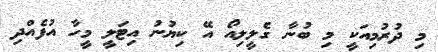
މި ދުރުމިއަކީ މި ބުނާ ގެލީލިއޯ އޭ ކިޔުނު އިޓަލީ މީހާ އުފެއްދި